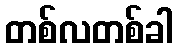
တစ်လတစ်ခါ